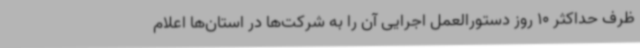
ظرف حداکثر 10 روز دستورالعمل اجرایی آن را به شرکت‌ها در استان‌ها اعلام